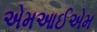
એમઆઈએમ